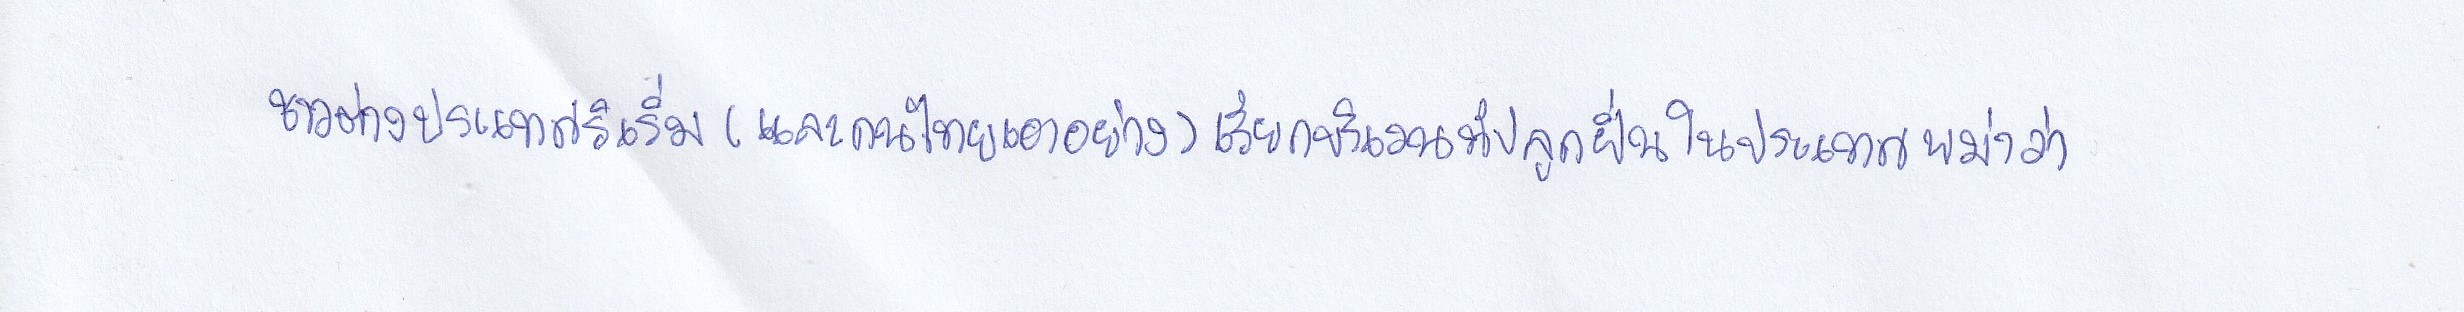
ชาวต่างประเทศริเริ่ม(และคนไทยเอาอย่าง)เรียกบริเวณที่ปลูกฝิ่นในประเทศพม่าว่า